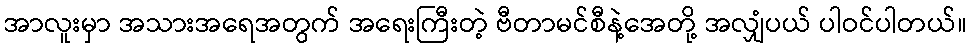
အာလူးမှာ အသားအရေအတွက် အရေးကြီးတဲ့ ဗီတာမင်စီနဲ့အေတို့ အလျှံပယ် ပါဝင်ပါတယ်။